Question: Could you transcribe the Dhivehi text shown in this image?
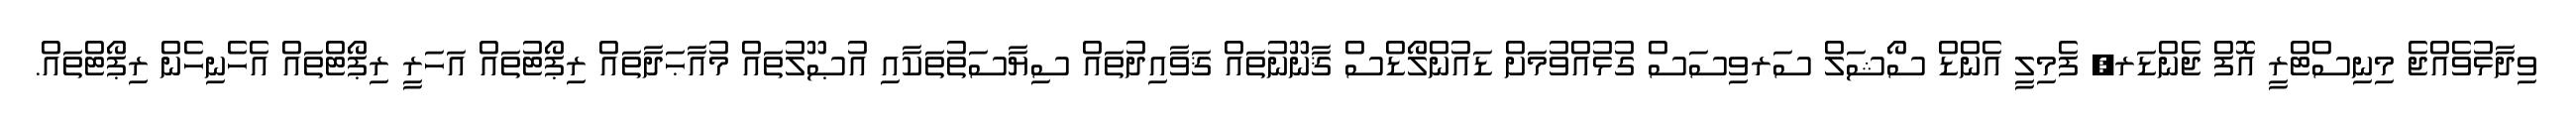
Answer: ވިދާޅުވެއްޖެ މިނިސްޓްރީ އޮފް ޖެންޑަރ, ފެމިލީ އެންޑް ސޯޝަލް ސަރވިސަސް ގުޅުއްވުމަށް ޑައުންލޯޑްސް ޤާނޫނުތައް ޤަވާއިދުތައް ސިޔާސަތުތަކާއި އުޞޫލުތައް މުއާޙަދާތައް ރިޕޯޓުތައް އަހަރީ ރިޕޯޓްތައް އެހެނިހެން ރިޕޯޓްތައް.